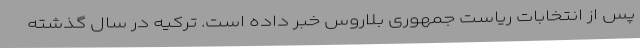
پس از انتخابات ریاست جمهوری بلاروس خبر داده است. ترکیه در سال گذشته